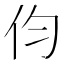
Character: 伨